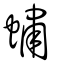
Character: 蟰